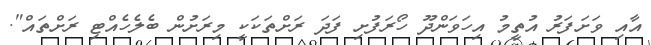
އާއި ވަށަފަރު އުތީމު އިހަވަންދޫ ހޯރަފުށި ފަދަ ރަށްތަަކަކީ މިރަށުން ބެލެހެއްޓި ރަށްތައް".